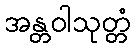
အန္တဝါသုတ္တံ